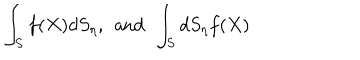
\int _ { S } f ( X ) d S _ { \eta } , \; \, \mathrm { a n d } \, \; \int _ { S } d S _ { \eta } f ( X )